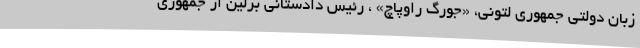
زبان دولتی جمهوری لتونی، «جورگ راوپاچ» ، رئیس دادستانی برلین از جمهوری